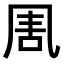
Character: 𠱰